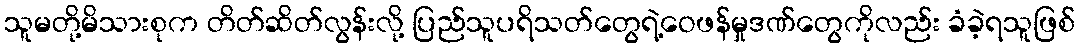
သူမတို့မိသားစုက တိတ်ဆိတ်လွန်းလို့ ပြည်သူပရိသတ်တွေရဲ့ဝေဖန်မှုဒဏ်တွေကိုလည်း ခံခဲ့ရသူဖြစ်